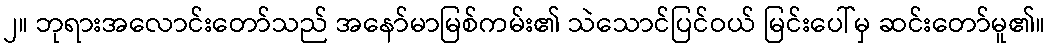
၂။ ဘုရားအလောင်းတော်သည် အနော်မာမြစ်ကမ်း၏ သဲသောင်ပြင်ဝယ် မြင်းပေါ်မှ ဆင်းတော်မူ၏။